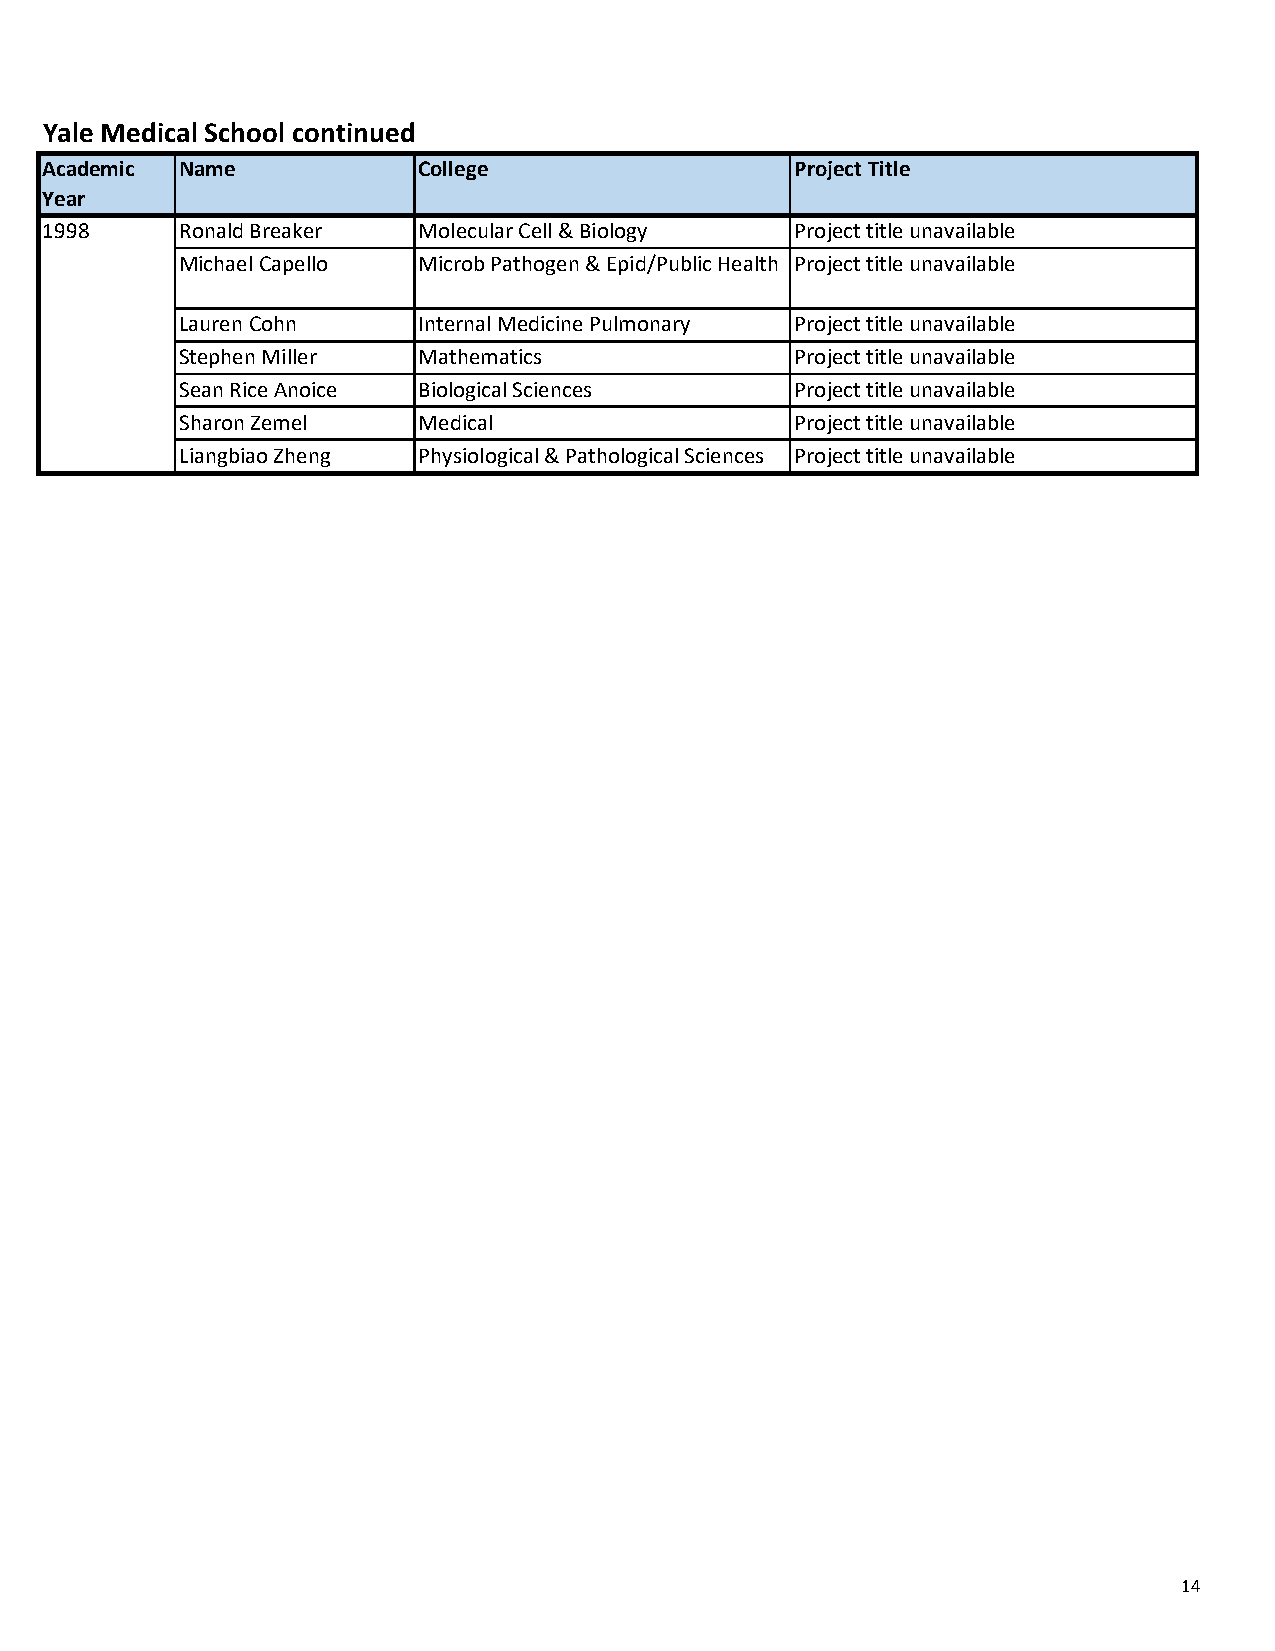
Yale Medical School continued
 Academic Name            College                  Project Title
 Year
 1998     Ronald Breaker  Molecular Cell & Biology Project title unavailable
 Michael Capello Microb Pathogen & Epid/Public Health Project title unavailable
 Lauren Cohn     Internal Medicine Pulmonary Project title unavailable
 Stephen Miller  Mathematics              Project title unavailable
 Sean Rice Anoice Biological Sciences     Project title unavailable
 Sharon Zemel    Medical                  Project title unavailable
 Liangbiao Zheng Physiological & Pathological Sciences Project title unavailable
 14